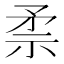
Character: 𱳛